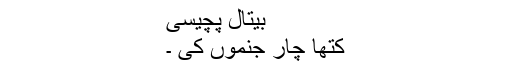
بیتال پچیسی
کتھا چار جنموں کی ۔